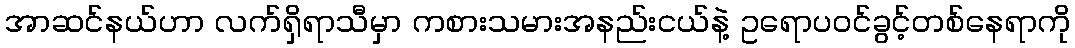
အာဆင်နယ်ဟာ လက်ရှိရာသီမှာ ကစားသမားအနည်းငယ်နဲ့ ဥရောပ၀င်ခွင့်တစ်နေရာကို